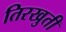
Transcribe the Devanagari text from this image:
तिरखुती